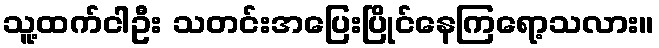
သူ့ထက်ငါဦး သတင်းအပြေးပြိုင်နေကြရော့သလား။